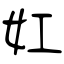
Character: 妅